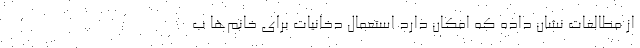
از مطالعات نشان داده که امکان دارد استعمال دخانیات برای خانم‌ها ب